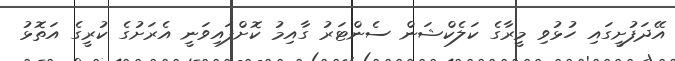
އޭދަފުށީގައި ހުޅުވި މީރާގެ ކަލެކްޝަން ސެންޓަރު ގާއިމު ކޮށްފައިވަނީ އެރަށުގެ ކުރީގެ އަތޮޅު